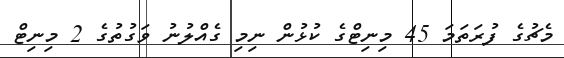
މެޗުގެ ފުރަތަމަ 45 މިނިޓްގެ ކުޅުން ނިމި ގެއްލުނު ވަގުތުގެ 2 މިނިޓް